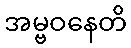
အမ္ဗဝနေတိ